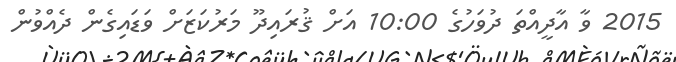
2015 ވާ އާދީއްތަ ދުވަހުގެ 10:00 އަށް ޤުރައިދޫ މަރުކަޒަށް ވަޑައިގެން ދެއްވުން